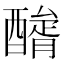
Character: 𨢺